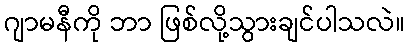
ဂျာမနီကို ဘာ ဖြစ်လို့သွားချင်ပါသလဲ။